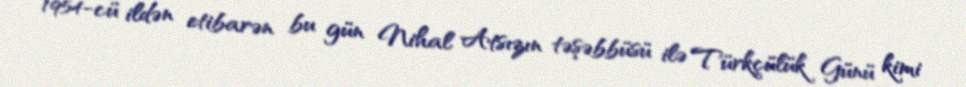
1954-cü ildən etibarən bu gün Nihal Atsızın təşəbbüsü ilə Türkçülük Günü kimi